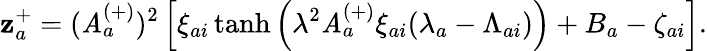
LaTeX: \mathbf{z}_{a}^{+}=(\mathit{A}_{a}^{(+)})^{2}\left[\xi_{ai}\operatorname{tanh}\left(\lambda^{2}\mathit{A}_{a}^{(+)}\xi_{ai}(\lambda_{a}-\Lambda_{ai})\right)+B_{a}-\zeta_{ai}\right].